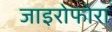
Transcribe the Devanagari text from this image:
जाइरोफोरा